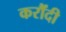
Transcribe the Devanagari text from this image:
करौंदी